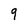
Character: q